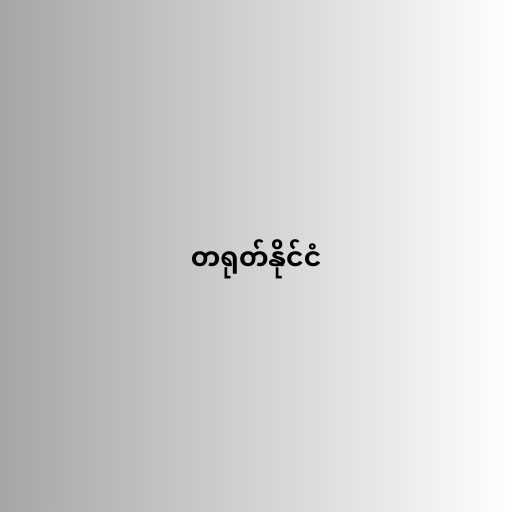
တရုတ်နိုင်ငံ